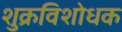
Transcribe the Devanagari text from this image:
शुक्रविशोधक